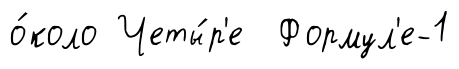
о́коло Четы́р'е Формул'е-1